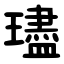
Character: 璶